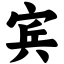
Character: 宾